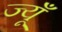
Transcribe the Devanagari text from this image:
ज्यूँ